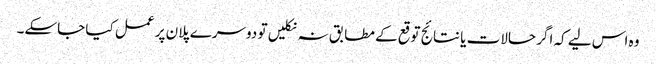
وہ اس لیے کہ اگر حالات یا نتائج توقع کے مطابق نہ نکلیں تو دوسرے پلان پر عمل کیا جاسکے۔